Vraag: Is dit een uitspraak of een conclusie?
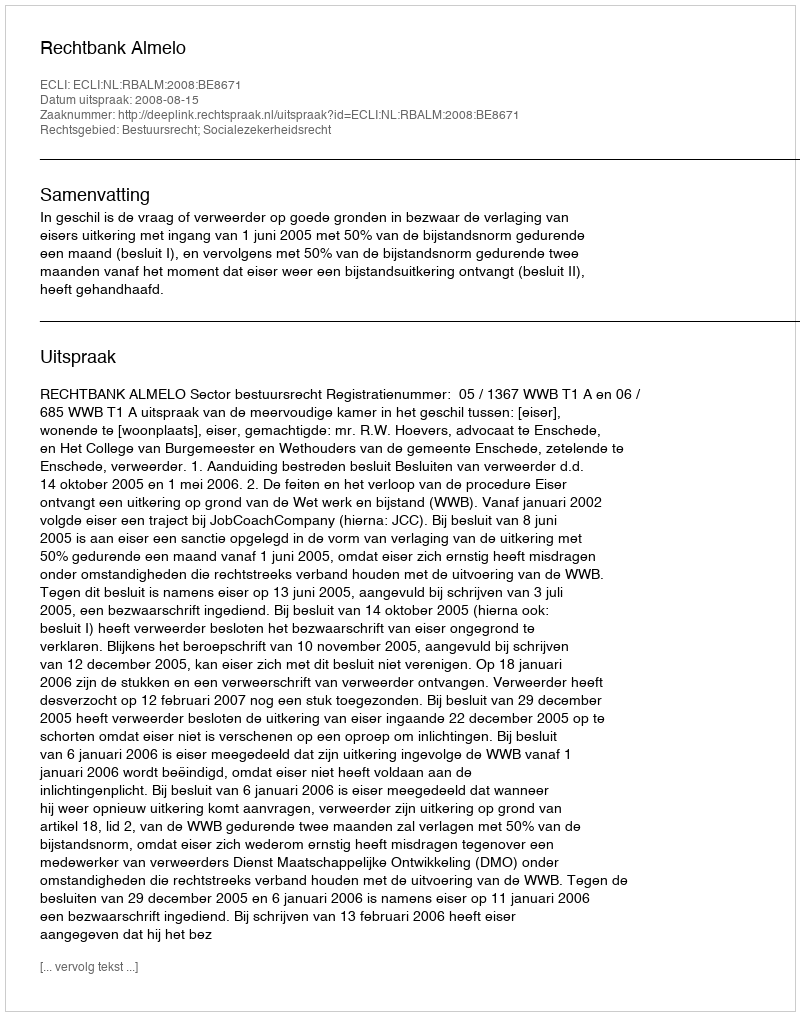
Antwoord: Uitspraak